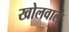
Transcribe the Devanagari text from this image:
खोलवाले